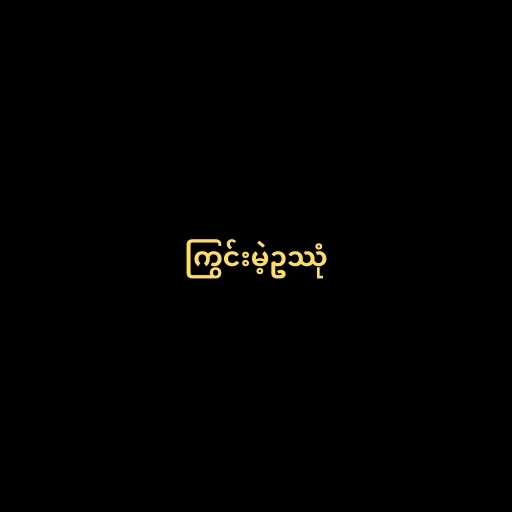
ကြွင်းမဲ့ဥဿုံ